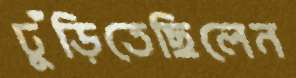
ঢুঁড়িতেছিলেন